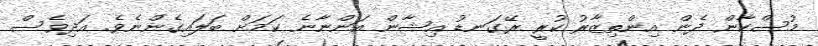
މުސްކާން ދެން އިންތިޒާރު ކުރީ ރޭގަނޑު އިޝާން އަންނާނެ ކަމަށް ބަލައިގެންނެވެ. އަދިވެސް